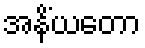
အနိံယတော